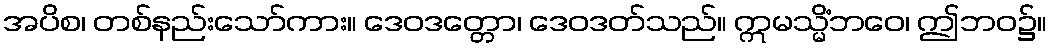
အပိစ၊ တစ်နည်းသော်ကား။ ဒေဝဒတ္တော၊ ဒေဝဒတ်သည်။ ဣမသ္မိံဘဝေ၊ ဤဘဝ၌။